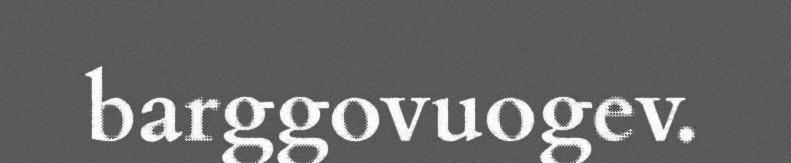
barggovuogev.